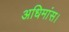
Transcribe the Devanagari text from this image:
अधिमांस।